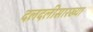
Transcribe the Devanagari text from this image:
दलदलीसारख्या